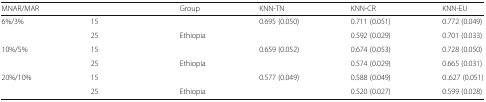
<table><thead><tr><td><b>MNAR/MAR</b></td><td>[EMPTY_CELL]</td><td><b>Group</b></td><td><b>KNN-TN</b></td><td><b>KNN-CR</b></td><td><b>KNN-EU</b></td></tr></thead><tbody><tr><td rowspan="2">6%/3%</td><td>15</td><td>[EMPTY_CELL]</td><td>0.695 (0.050)</td><td>0.711 (0.051)</td><td>0.772 (0.049)</td></tr><tr><td>25</td><td>Ethiopia</td><td>[EMPTY_CELL]</td><td>0.592 (0.029)</td><td>0.701 (0.033)</td></tr><tr><td rowspan="2">10%/5%</td><td>15</td><td>[EMPTY_CELL]</td><td>0.659 (0.052)</td><td>0.674 (0.053)</td><td>0.728 (0.050)</td></tr><tr><td>25</td><td>Ethiopia</td><td>[EMPTY_CELL]</td><td>0.574 (0.029)</td><td>0.665 (0.031)</td></tr><tr><td rowspan="2">20%/10%</td><td>15</td><td>[EMPTY_CELL]</td><td>0.577 (0.049)</td><td>0.588 (0.049)</td><td>0..627 (0.051)</td></tr><tr><td>25</td><td>Ethiopia</td><td>[EMPTY_CELL]</td><td>0.520 (0.027)</td><td>0.599 (0.028)</td></tr></tbody></table>